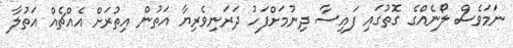
ނަމަވެސް ލޯނެއްގެ ގޮތުގައި ފައިސާ ދިނުމަށްފަހު ދަރަނިވެރިޔާ އަތުން އިތުރަށް އެއްޗެއް އަތުލާ